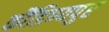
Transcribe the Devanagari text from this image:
कौंडिण्यपुर